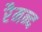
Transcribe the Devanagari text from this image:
रैमन्द